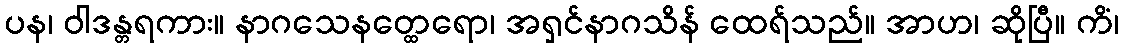
ပန၊ ဝါဒန္တရကား။ နာဂသေနတ္ထေရော၊ အရှင်နာဂသိန် ထေရ်သည်။ အာဟ၊ ဆိုပြီ။ ကိံ၊